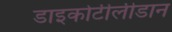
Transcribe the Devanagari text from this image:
डाइकोटीलीडान